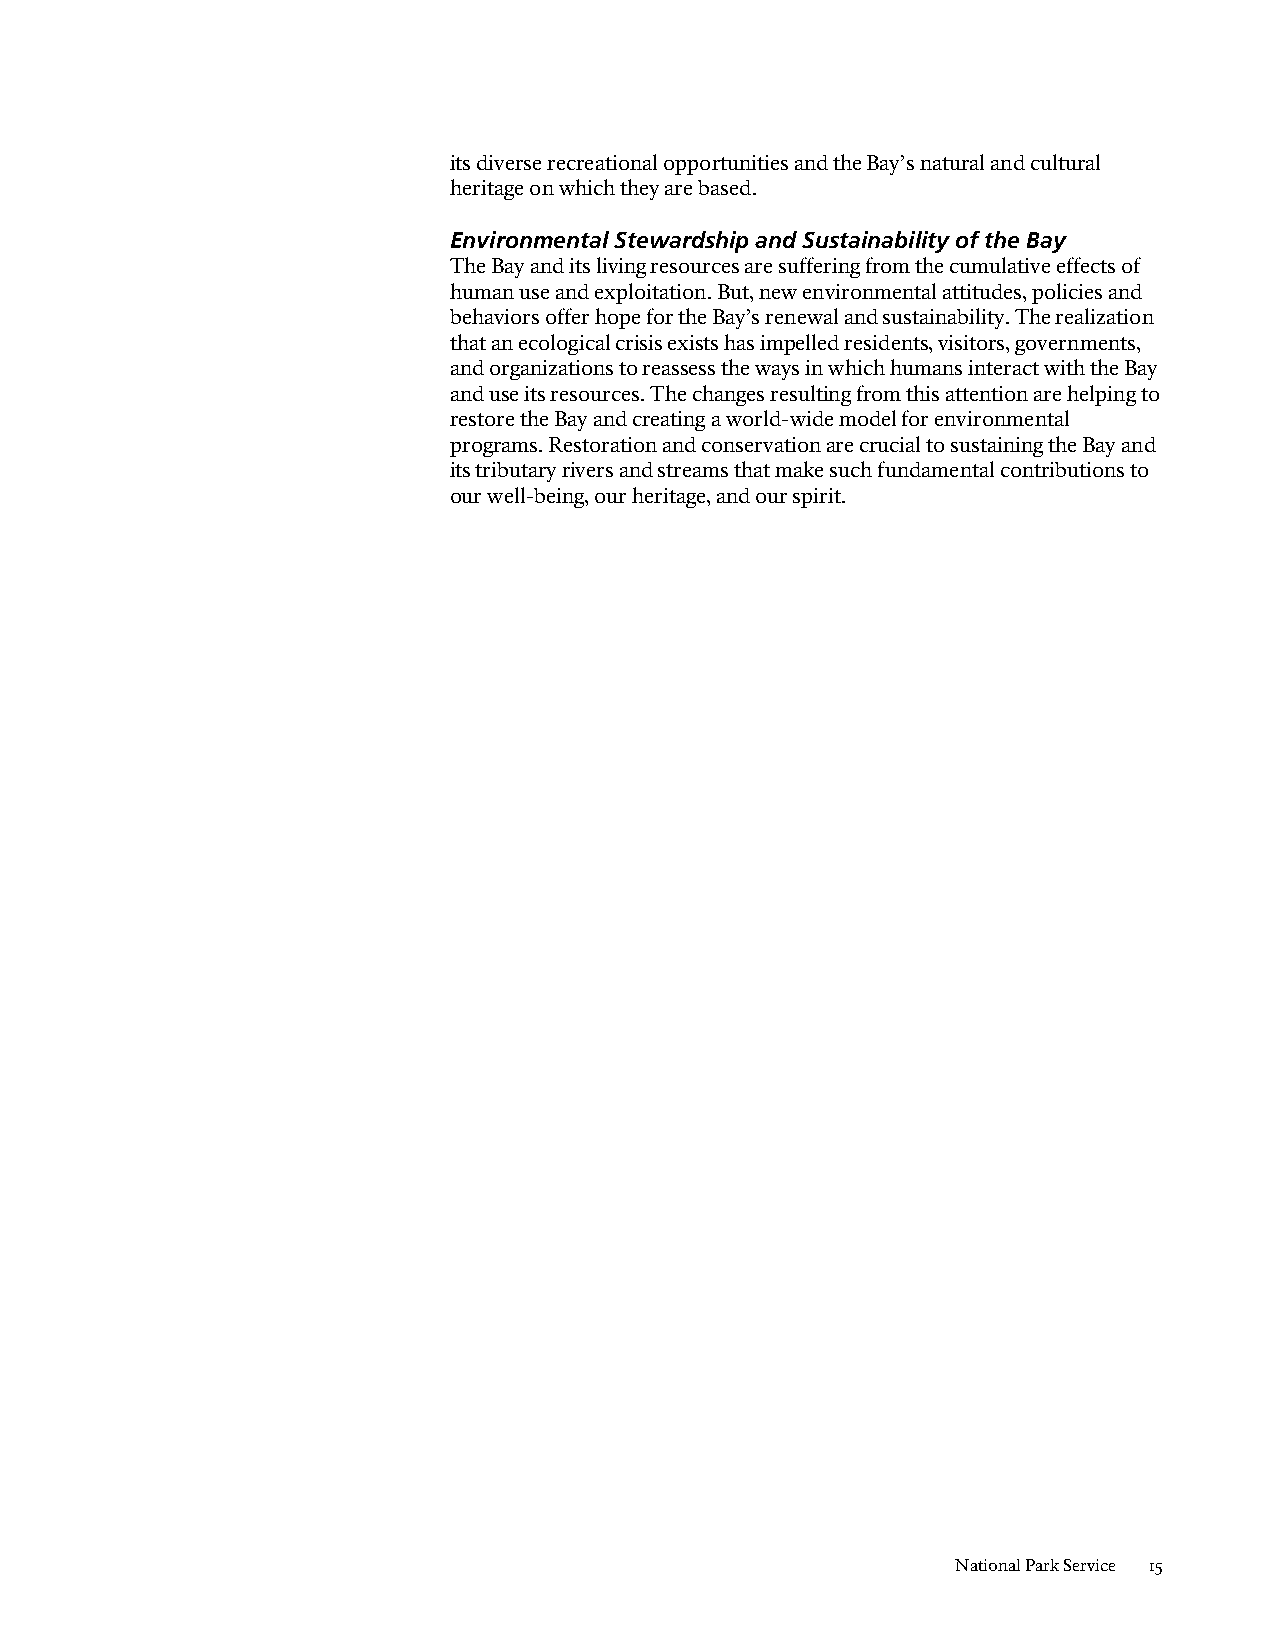
its diverse recreational opportunities and the Bay’s natural and cultural
 heritage on which they are based.
 Environmental Stewardship and Sustainability of the Bay
 The Bay and its living resources are suffering from the cumulative effects of
 human use and exploitation. But, new environmental attitudes, policies and
 behaviors offer hope for the Bay’s renewal and sustainability. The realization
 that an ecological crisis exists has impelled residents, visitors, governments,
 and organizations to reassess the ways in which humans interact with the Bay
 and use its resources. The changes resulting from this attention are helping to
 restore the Bay and creating a world-wide model for environmental
 programs. Restoration and conservation are crucial to sustaining the Bay and
 its tributary rivers and streams that make such fundamental contributions to
 our well-being, our heritage, and our spirit.
 National Park Service 15